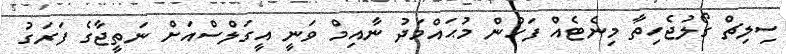
ސިލިޗް ގޯލުޖެހިތާ މިނެޓެއް ފަހުން މުޙައްމަދު ނާއިމް ވަނީ އީގަލްސްއަށް ނަތީޖާގެ ފަރަގު